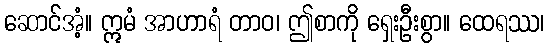
ဆောင်အံ့။ ဣမံ အာဟာရံ တာဝ၊ ဤစာကို ရှေးဦးစွာ။ ထေရဿ၊